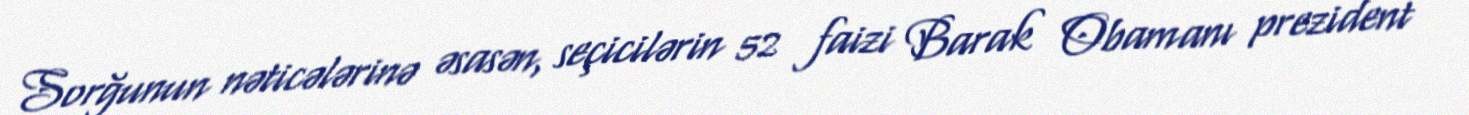
Sorğunun nəticələrinə əsasən, seçicilərin 52 faizi Barak Obamanı prezident